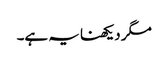
مگر دیکھنا یہ ہے۔